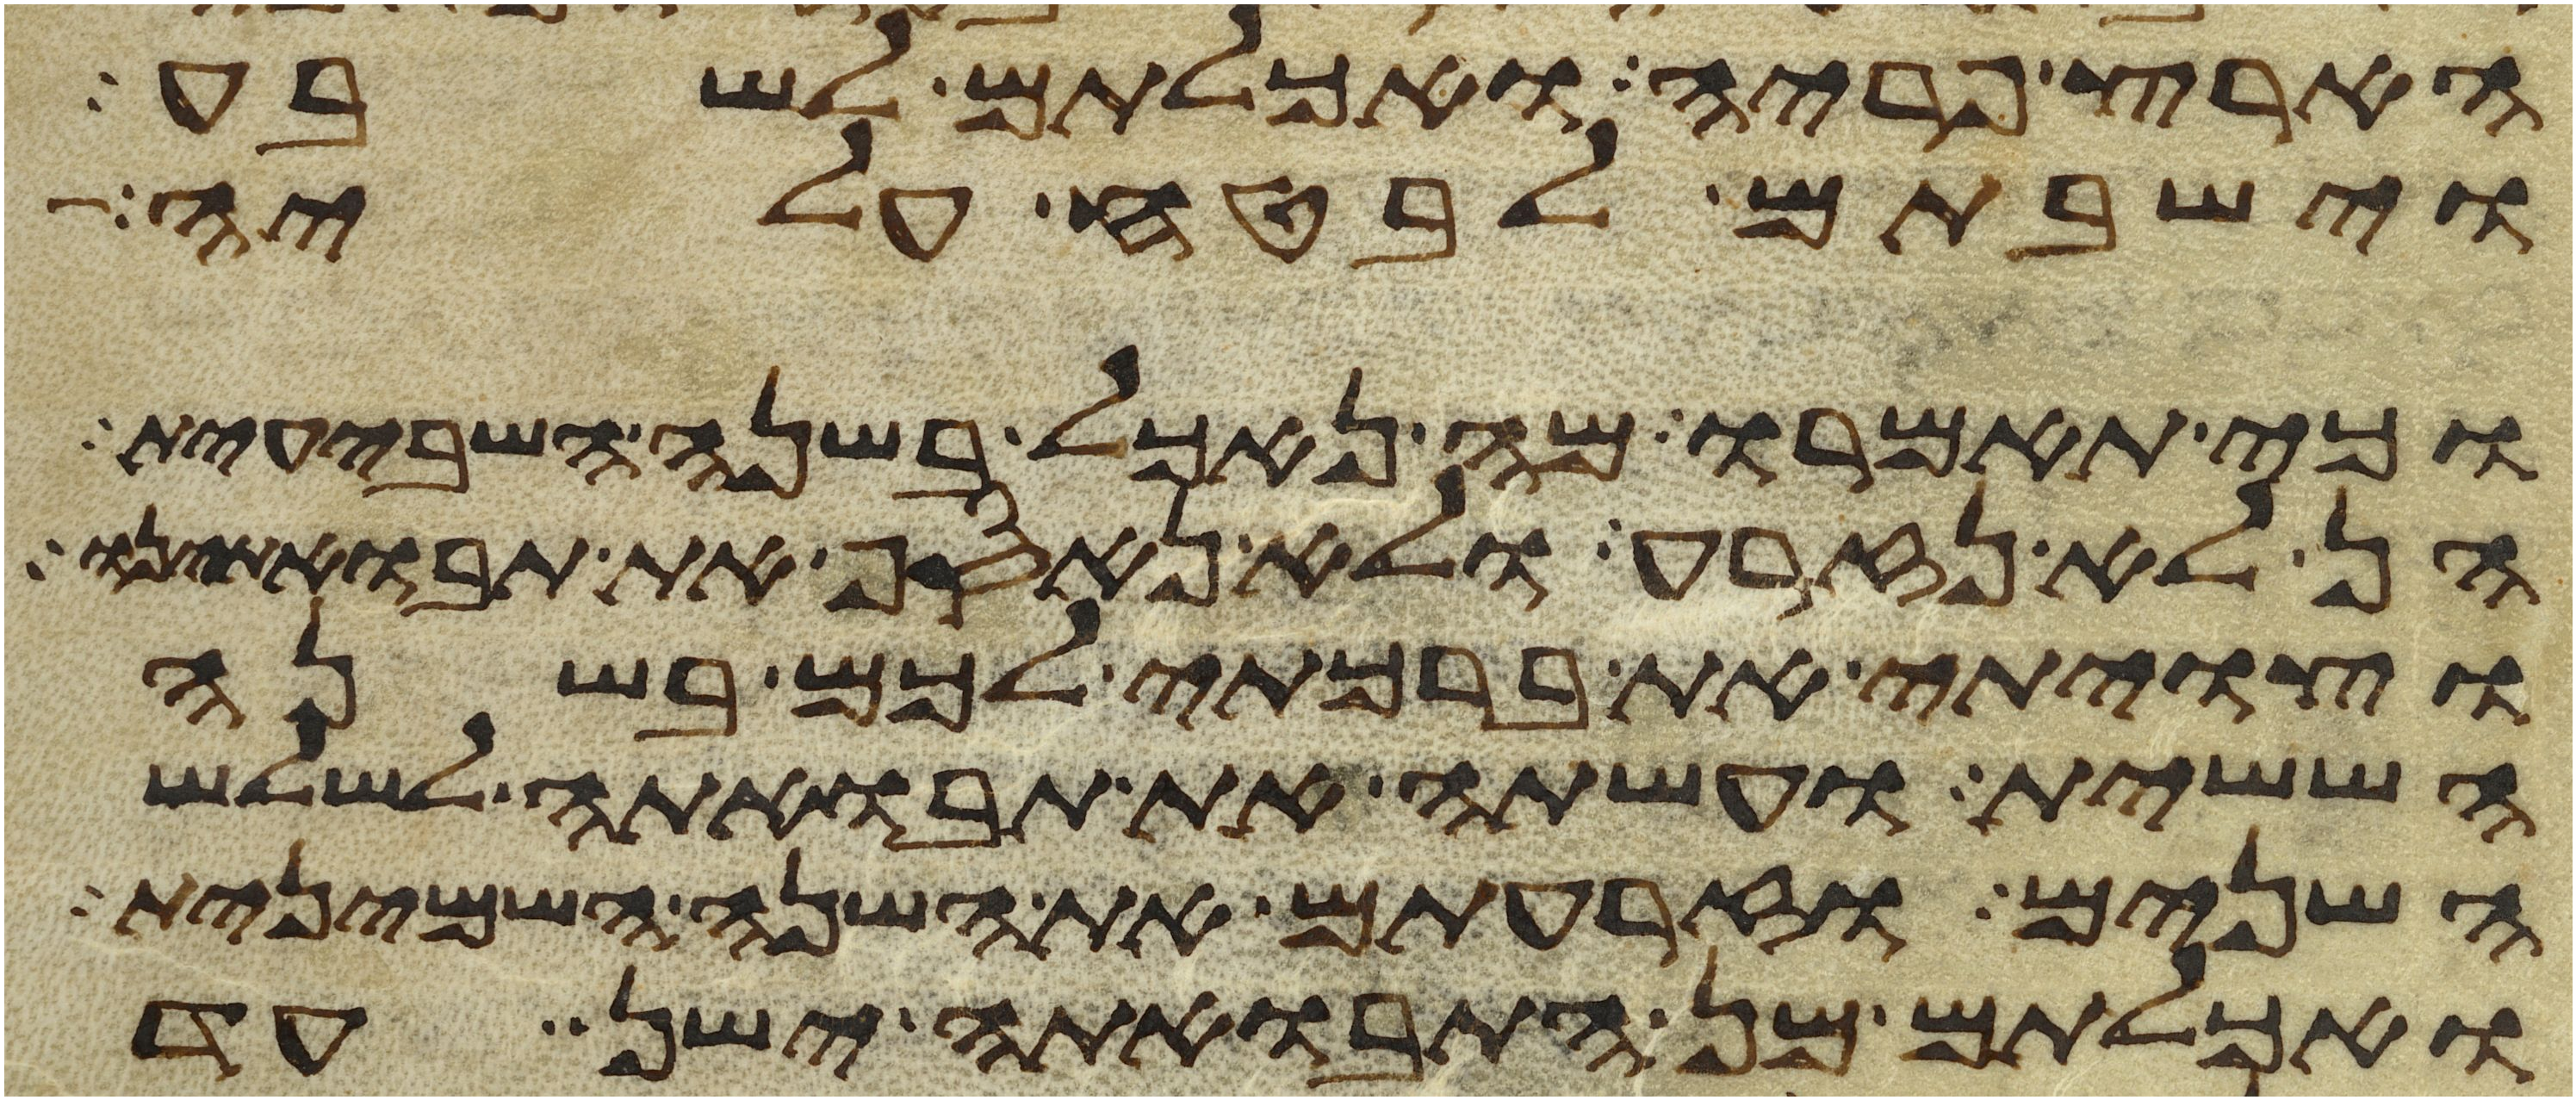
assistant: הארץ פריה ואכלתם לשבע
וישבתם לבטח עליה
וכי תאמרו מה נאכל בשנה השביעית
הן לא נזרע ולא נאסף את תבואתינו
וצויתי את ברכתי לכם בשנה
הששית ועשתה את תבואתה לשלש
השנים וזרעתם את השנה השמינית
ואכלתם מן התבואתה ישן עד